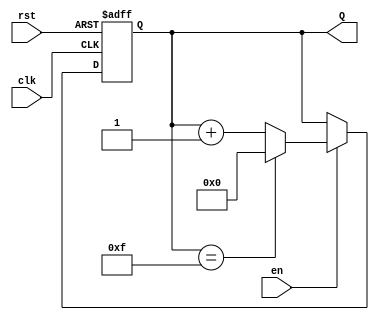
module binary_up_counter #(
    parameter N = 4  // Number of bits in the counter (default is 4 bits)
) (
    input wire clk,      // Clock input
    input wire rst,      // Asynchronous reset
    input wire en,       // Enable signal
    output reg [N-1:0] Q // n-bit output
);

    // Synchronous process to update the counter
    always @(posedge clk or posedge rst) begin
        if (rst) begin
            Q <= 0; // Reset counter to 0
        end else if (en) begin
            if (Q == (2**N - 1)) begin
                Q <= 0; // Wrap around to 0 when maximum value is reached
            end else begin
                Q <= Q + 1; // Increment counter
            end
        end
    end

endmodule